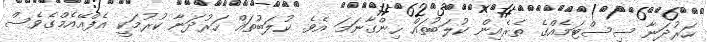
ހަރުދަނާ ސިސްޓަމެއްގެ ތެރެއިން ކުލަބުތައް ހިންގާނަމަ އެވެ. ކުލަބުތައް ހަރުދަނާ ކުރުމަކީ އެފްއޭއެމްގެވެސް